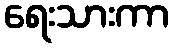
ရေးသားကာ